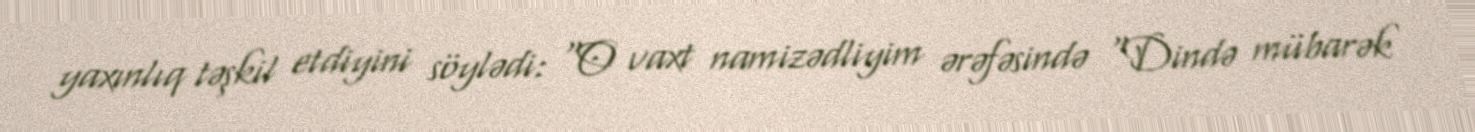
yaxınlıq təşkil etdiyini söylədi: “O vaxt namizədliyim ərəfəsində “Dində mübarək